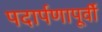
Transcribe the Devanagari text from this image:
पदार्पणापूर्वी